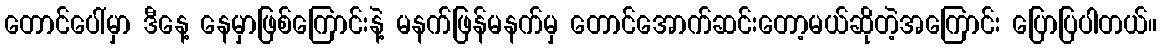
တောင်ပေါ်မှာ ဒီနေ့ နေမှာဖြစ်ကြောင်းနဲ့ မနက်ဖြန်မနက်မှ တောင်အောက်ဆင်းတော့မယ်ဆိုတဲ့အကြောင်း ပြောပြပါတယ်။